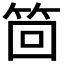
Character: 𮅊